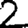
Digit: 2